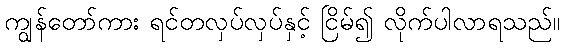
ကျွန်တော်ကား ရင်တလှပ်လှပ်နှင့် ငြိမ်၍ လိုက်ပါလာရသည်။